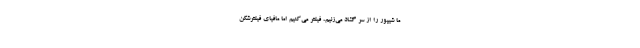
ما شیپور را از سر گشاد می‌زنیم، فیلتر می‌کنیم اما مافیای فیلترشکن